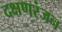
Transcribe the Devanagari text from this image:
दक्षणरंजन